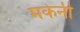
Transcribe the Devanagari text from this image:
मकेनी